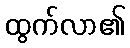
ထွက်လာ၏